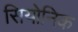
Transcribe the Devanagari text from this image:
सियोनिक